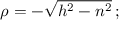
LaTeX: \textstyle \rho = - { \sqrt { h ^ { 2 } - n ^ { 2 } } } \, ;